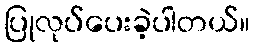
ပြုလုပ်ပေးခဲ့ပါတယ်။